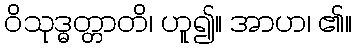
ဝိသုဒ္ဓတ္တာတိ၊ ဟူ၍။ အာဟ၊ ၏။